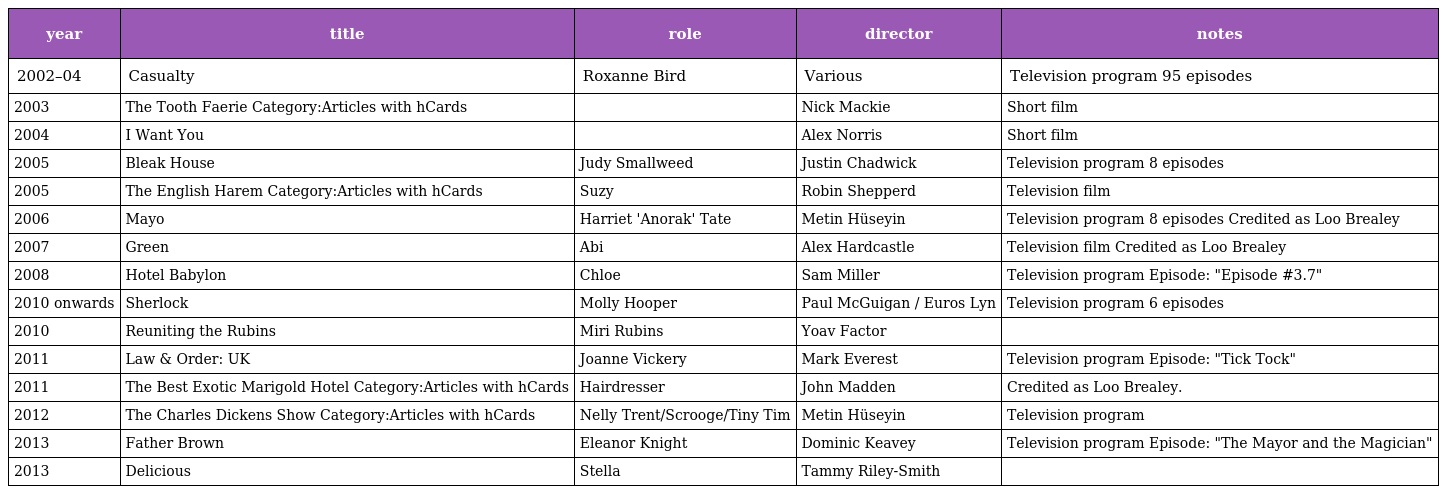
| year | title | role | director | notes |
 | --- | --- | --- | --- | --- |
 | 2002–04 | Casualty | Roxanne Bird | Various | Television program 95 episodes |
 | 2003 | The Tooth Faerie Category:Articles with hCards |  | Nick Mackie | Short film |
 | 2004 | I Want You |  | Alex Norris | Short film |
 | 2005 | Bleak House | Judy Smallweed | Justin Chadwick | Television program 8 episodes |
 | 2005 | The English Harem Category:Articles with hCards | Suzy | Robin Shepperd | Television film |
 | 2006 | Mayo | Harriet 'Anorak' Tate | Metin Hüseyin | Television program 8 episodes Credited as Loo Brealey |
 | 2007 | Green | Abi | Alex Hardcastle | Television film Credited as Loo Brealey |
 | 2008 | Hotel Babylon | Chloe | Sam Miller | Television program Episode: "Episode #3.7" |
 | 2010 onwards | Sherlock | Molly Hooper | Paul McGuigan / Euros Lyn | Television program 6 episodes |
 | 2010 | Reuniting the Rubins | Miri Rubins | Yoav Factor |  |
 | 2011 | Law & Order: UK | Joanne Vickery | Mark Everest | Television program Episode: "Tick Tock" |
 | 2011 | The Best Exotic Marigold Hotel Category:Articles with hCards | Hairdresser | John Madden | Credited as Loo Brealey. |
 | 2012 | The Charles Dickens Show Category:Articles with hCards | Nelly Trent/Scrooge/Tiny Tim | Metin Hüseyin | Television program |
 | 2013 | Father Brown | Eleanor Knight | Dominic Keavey | Television program Episode: "The Mayor and the Magician" |
 | 2013 | Delicious | Stella | Tammy Riley-Smith |  |